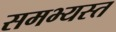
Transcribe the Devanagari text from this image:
समभ्यस्त